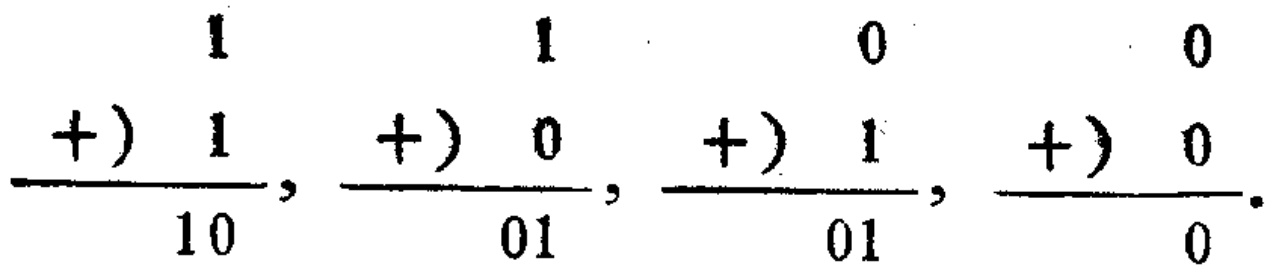
\[

\frac{1+(1)}{10}, \frac{1+(0)}{01}, \frac{0+(1)}{01}, \frac{0+(0)}{0}.

\]